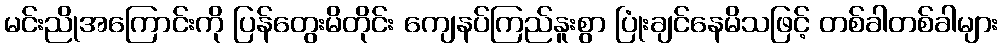
မင်းညိုအကြောင်းကို ပြန်တွေးမိတိုင်း ကျေနပ်ကြည်နူးစွာ ပြုံးချင်နေမိသဖြင့် တစ်ခါတစ်ခါများ